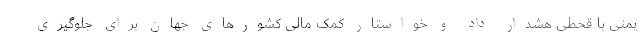
یمنی با قحطی هشدار داد و خواستار کمک مالی کشورهای جهان برای جلوگیری